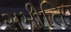
સમીતિ